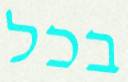
בכל